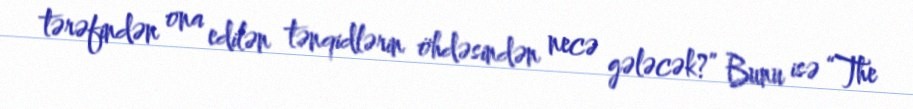
tərəfindən ona edilən tənqidlərin öhdəsindən necə gələcək?” Bunu isə “The